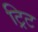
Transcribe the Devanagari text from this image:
ट्रिट